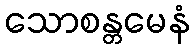
သောစန္တမေနံ